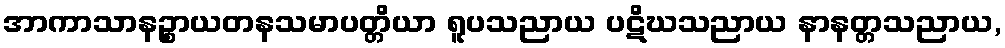
အာကာသာနဉ္စာယတနသမာပတ္တိယာ ရူပသညာယ ပဋိဃသညာယ နာနတ္တသညာယ,